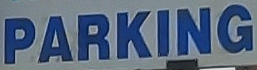
PARKING